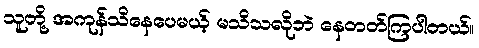
သူတို့ အကုန်သိနေပေမယ့် မသိသလိုဘဲ နေတတ်ကြပါတယ်။